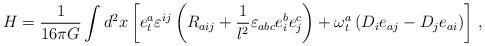
LaTeX: \begin{align*} H = {1\over 16\pi G} \int d^2x \left[e^a_t\varepsilon^{ij}\left(R_{aij} + {1\over l^2}\varepsilon_{abc} e^b_i e^c_j\right) + \omega^a_t\left(D_i e_{aj} -D_je_{ai}\right) \right]\, ,\end{align*}